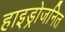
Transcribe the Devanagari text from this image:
हाइड्रोजनित